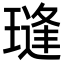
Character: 㻱